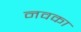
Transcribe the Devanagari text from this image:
नवका